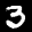
Label: 3